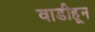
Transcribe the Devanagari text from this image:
वाडीहून